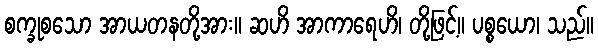
စက္ခုစသော အာယတနတို့အား။ ဆဟိ အာကာရေဟိ၊ တို့ဖြင့်။ ပစ္စယော၊ သည်။